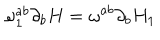
\omega _ { 1 } ^ { a b } \partial _ { b } H = \omega ^ { a b } \partial _ { b } H _ { 1 }